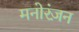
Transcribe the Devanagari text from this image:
मनोरंज़न